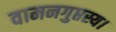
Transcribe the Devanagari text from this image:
वामनगुप्तस्य।